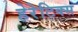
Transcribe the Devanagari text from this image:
हेरेटिक्स